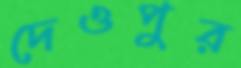
দেওপুর